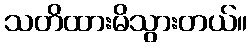
သတိထားမိသွားတယ်။